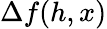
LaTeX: \Delta f(h,x)